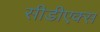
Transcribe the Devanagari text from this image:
सीडीएक्स